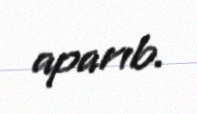
aparıb.